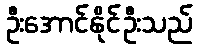
ဦးအောင်နိုင်ဦးသည်